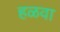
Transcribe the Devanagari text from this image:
हळवा